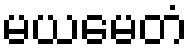
မယမေတံ